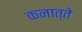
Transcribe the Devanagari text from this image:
कनात्ते